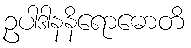
ဥပါဒါနနိရောဓောတိ